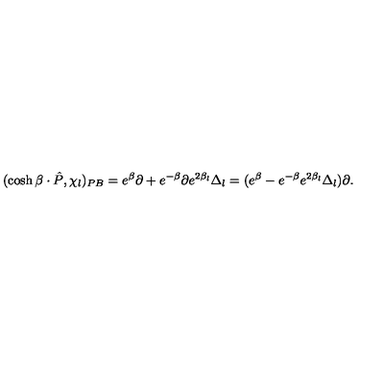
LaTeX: ( \cosh \beta \cdot \hat { P } , \chi _ { l } ) _ { P B } = e ^ { \beta } \partial + e ^ { - \beta } \partial e ^ { 2 \beta _ { l } } \Delta _ { l } = ( e ^ { \beta } - e ^ { - \beta } e ^ { 2 \beta _ { l } } \Delta _ { l } ) \partial .